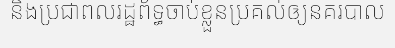
និងប្រជាពលរដ្ឋព័ទ្ធចាប់ខ្លួនប្រគល់ឲ្យនគរបាល